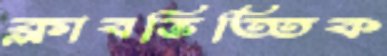
ক্লাবভিত্তিক